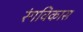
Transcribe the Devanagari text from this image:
रंगविकास